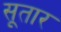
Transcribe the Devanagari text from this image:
सूतार